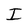
Character: I